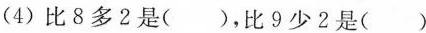
(4)比8多2是（），比9少2是（）